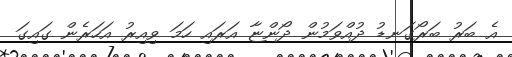
އެ ބަރު ބަރޯގަނޑު ދުއްވަމުން ދޯންޏާ އަރައި ހަމަ ވިއިރު އަހަރެން ގައިގަ